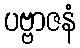
ပဗ္ဗာဇနံ